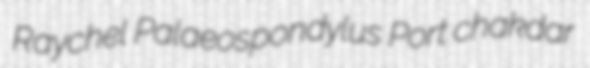
Raychel Palaeospondylus Port chakdar